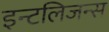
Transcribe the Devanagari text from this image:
इन्टलिजन्स